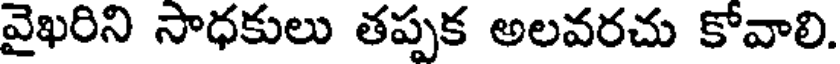
వైఖరిని సాధకులు తప్పక అలవరచు కోవాలి.